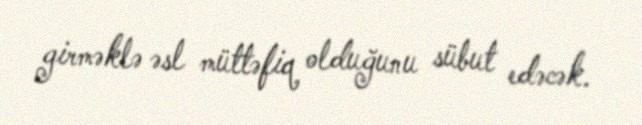
girməklə əsl müttəfiq olduğunu sübut edəcək.